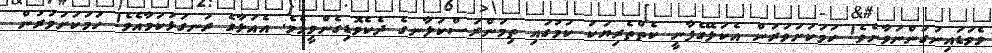
ވެވަޑައިނުގަންނަވާށެވެ! ހަމަކަށަވަރުން އެކަލޭގެފާނީ ކެތްތެރިޔަކު ކަމުގައި ތިމަންރަސްކަލާނގެ ދެކެވޮޑިގެންވީމެވެ. އެއަޅާގެ ރަނގަޅުކަމާއެވެ! ހަމަކަށަވަރުން